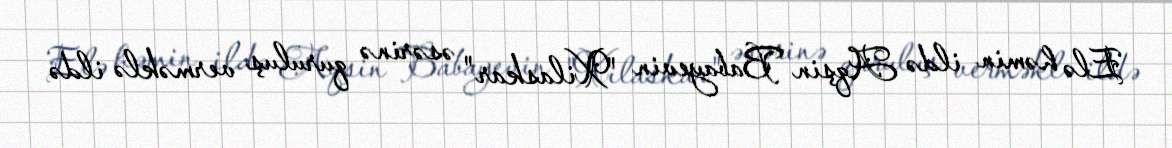
Elə həmin ildə Aqşin Babayevin "Xilaskar" əsərinə quruluş verməklə ildə